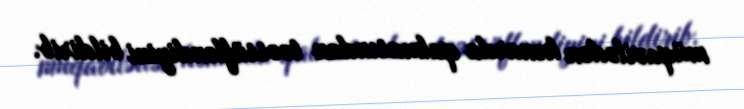
müqavilədən kənarda qalmasından təəssüfləndiyini bildirib.